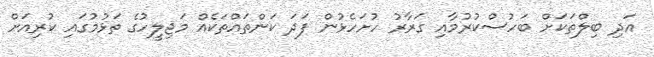
އަދި ބިލްތަކަށް ބަހުސްކުރުމާއި ގަރާރު ހުށަހެޅުން ފަދަ ކަންތައްތަކެއް މަޖިލީހުގެ ތަޅުމުގައި ކުރިއަށް